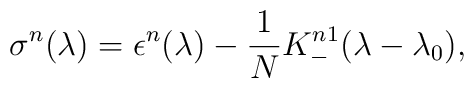
\sigma^{n}(\lambda) = \epsilon^{n}(\lambda)-{1 \over N}K_{-}^{n1}(\lambda - \lambda_{0})\\,